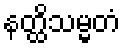
နတ္ထိသမ္မတံ